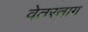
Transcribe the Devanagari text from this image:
वेतरताग